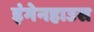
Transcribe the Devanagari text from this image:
इंगेनहाउस